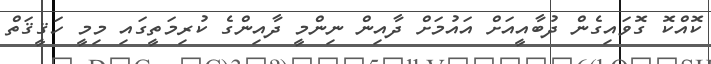
ކޮއްކޮ ގޮވައިގެން ދުބާއީއަށް އައުމަށް ދާއިން ނިންމީ ދާއިންގެ ކުރިމަތީގައި މިމީ ހަޤީޤަތް